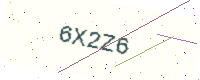
Text: 6X2Z6